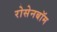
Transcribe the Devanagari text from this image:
रोसेनबॉम